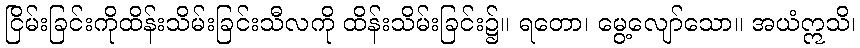
ငြိမ်းခြင်းကိုထိန်းသိမ်းခြင်းသီလကို ထိန်းသိမ်းခြင်း၌။ ရတော၊ မွေ့လျော်သော။ အယံဣသိ၊